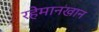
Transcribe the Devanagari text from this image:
रहेमानखान